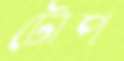
টোপ